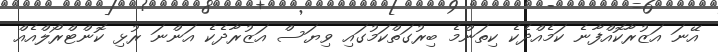
އޭނަ އަޒުރާކޮއްފާނެ ކަމެއްދެކެ ކިތަންމެ ބިރުގަތްކަމުގައި ވިޔަސް އަޒުރާދެކެ އަންނަ ރުޅި ކޮންޓްރޯލްއެއް